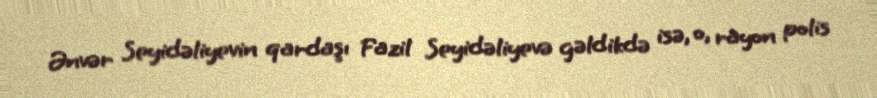
Ənvər Seyidəliyevin qardaşı Fazil Seyidəliyevə gəldikdə isə, o, rayon polis